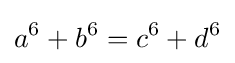
a^{6}+b^{6}=c^{6}+d^{6}